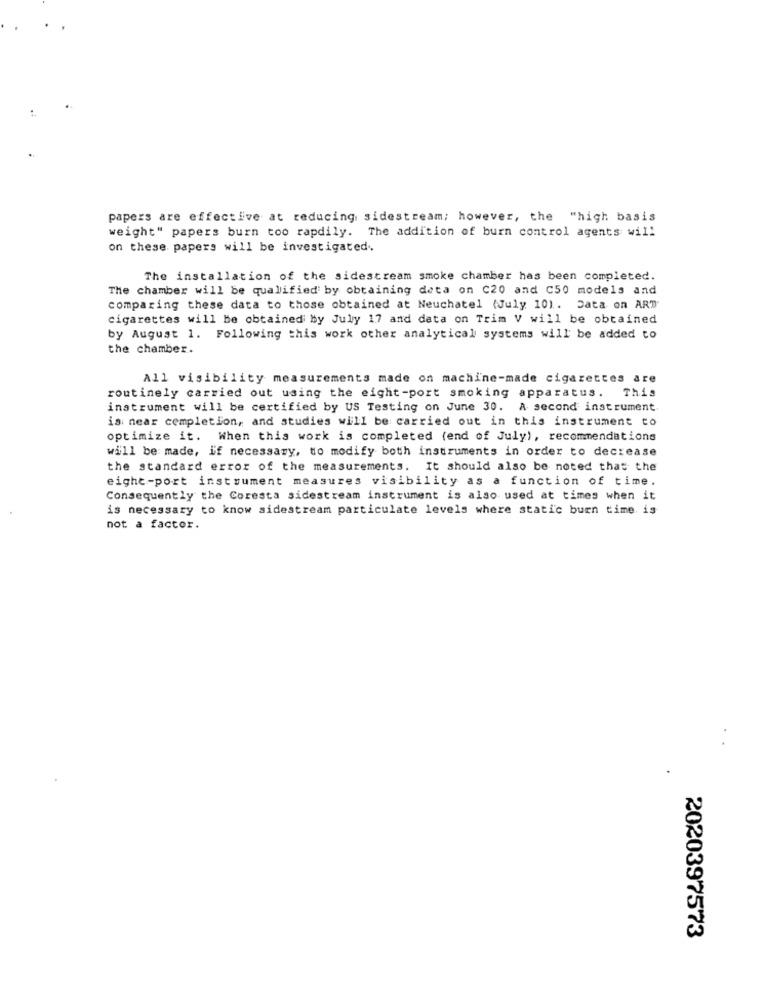
papers are effective at reducing sidestream; however, the "high basis
weight" papers burn too rapdily. The addition of burn control agents wil!
on these papers will be investigated.
The installation of the sidestream smoke chamber has been completed.
The chamber will be qualified by obtaining data on C20 and C50 models and
comparing these data to those obtained at Neuchatel (July 101. Data on ART
cigarettes will be obtained by July 17 and data on Trim V will be obtained
by August 1. Following this work other analytical systems will be added to
the chamber.
All visibility measurements made on machine-made cigarettes are
routinely carried out using the eight-port smoking apparatus. This
instrument will be certified by US Testing on June 30. A second instrument
is near completion, and studies will be carried out in this instrument to
optimize it. When this work is completed (end of July), recommendations
will be made, if necessary, to modify both instruments in order to decrease
the standard error of the measurements. It should also be noted that the
eight-port instrument measures visibility as a function of time.
Consequently the Coresta sidestream instrument is also used at times when it
is necessary to know sidestream particulate levels where static buen time is
not a factor.
2020397573